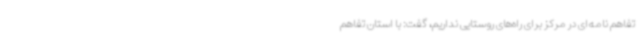
تفاهم نامه‌ای در مرکز برای راه‌های روستایی نداریم، گفت: با استان تفاهم